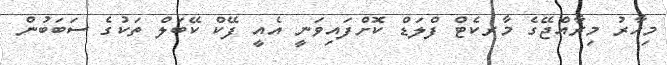
މިހާރު މިރާއްޖޭގެ މާރކެޓް ފްލަޑް ކޮށްފައިވަނީ އެއީ ފޭކް ކޭބަލް ތަކުގެ ސަބަބުން